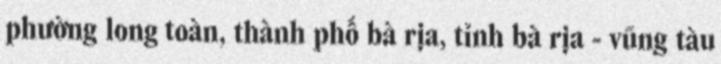
phường long toàn, thành phố bà rịa, tỉnh bà rịa - vũng tàu